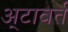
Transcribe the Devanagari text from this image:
अ्टावर्त